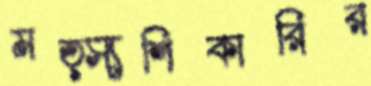
মত্স্যশিকারির